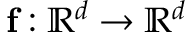
\mathbf { f } : \mathbb { R } ^ { d } \to \mathbb { R } ^ { d }